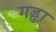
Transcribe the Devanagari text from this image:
गड्ढा़